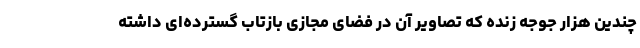
چندین هزار جوجه زنده که تصاویر آن در فضای مجازی بازتاب گسترده‌ای داشته